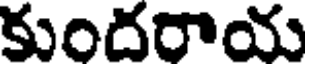
కుందరాయ